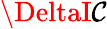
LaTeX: \DeltaI\mathcal{C}